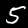
Digit: 5